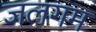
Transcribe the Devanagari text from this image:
जलगम